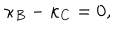
LaTeX: \kappa _ { B } - \kappa _ { C } = 0 ,